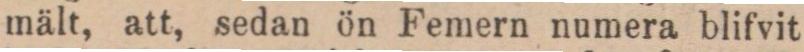
mält, att, sedan ön Femern numera blifvit